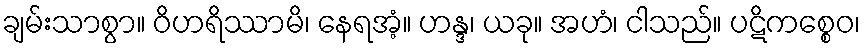
ချမ်းသာစွာ။ ဝိဟရိဿာမိ၊ နေရအံ့။ ဟန္ဒ၊ ယခု။ အဟံ၊ ငါသည်။ ပဋိကစ္စေဝ၊